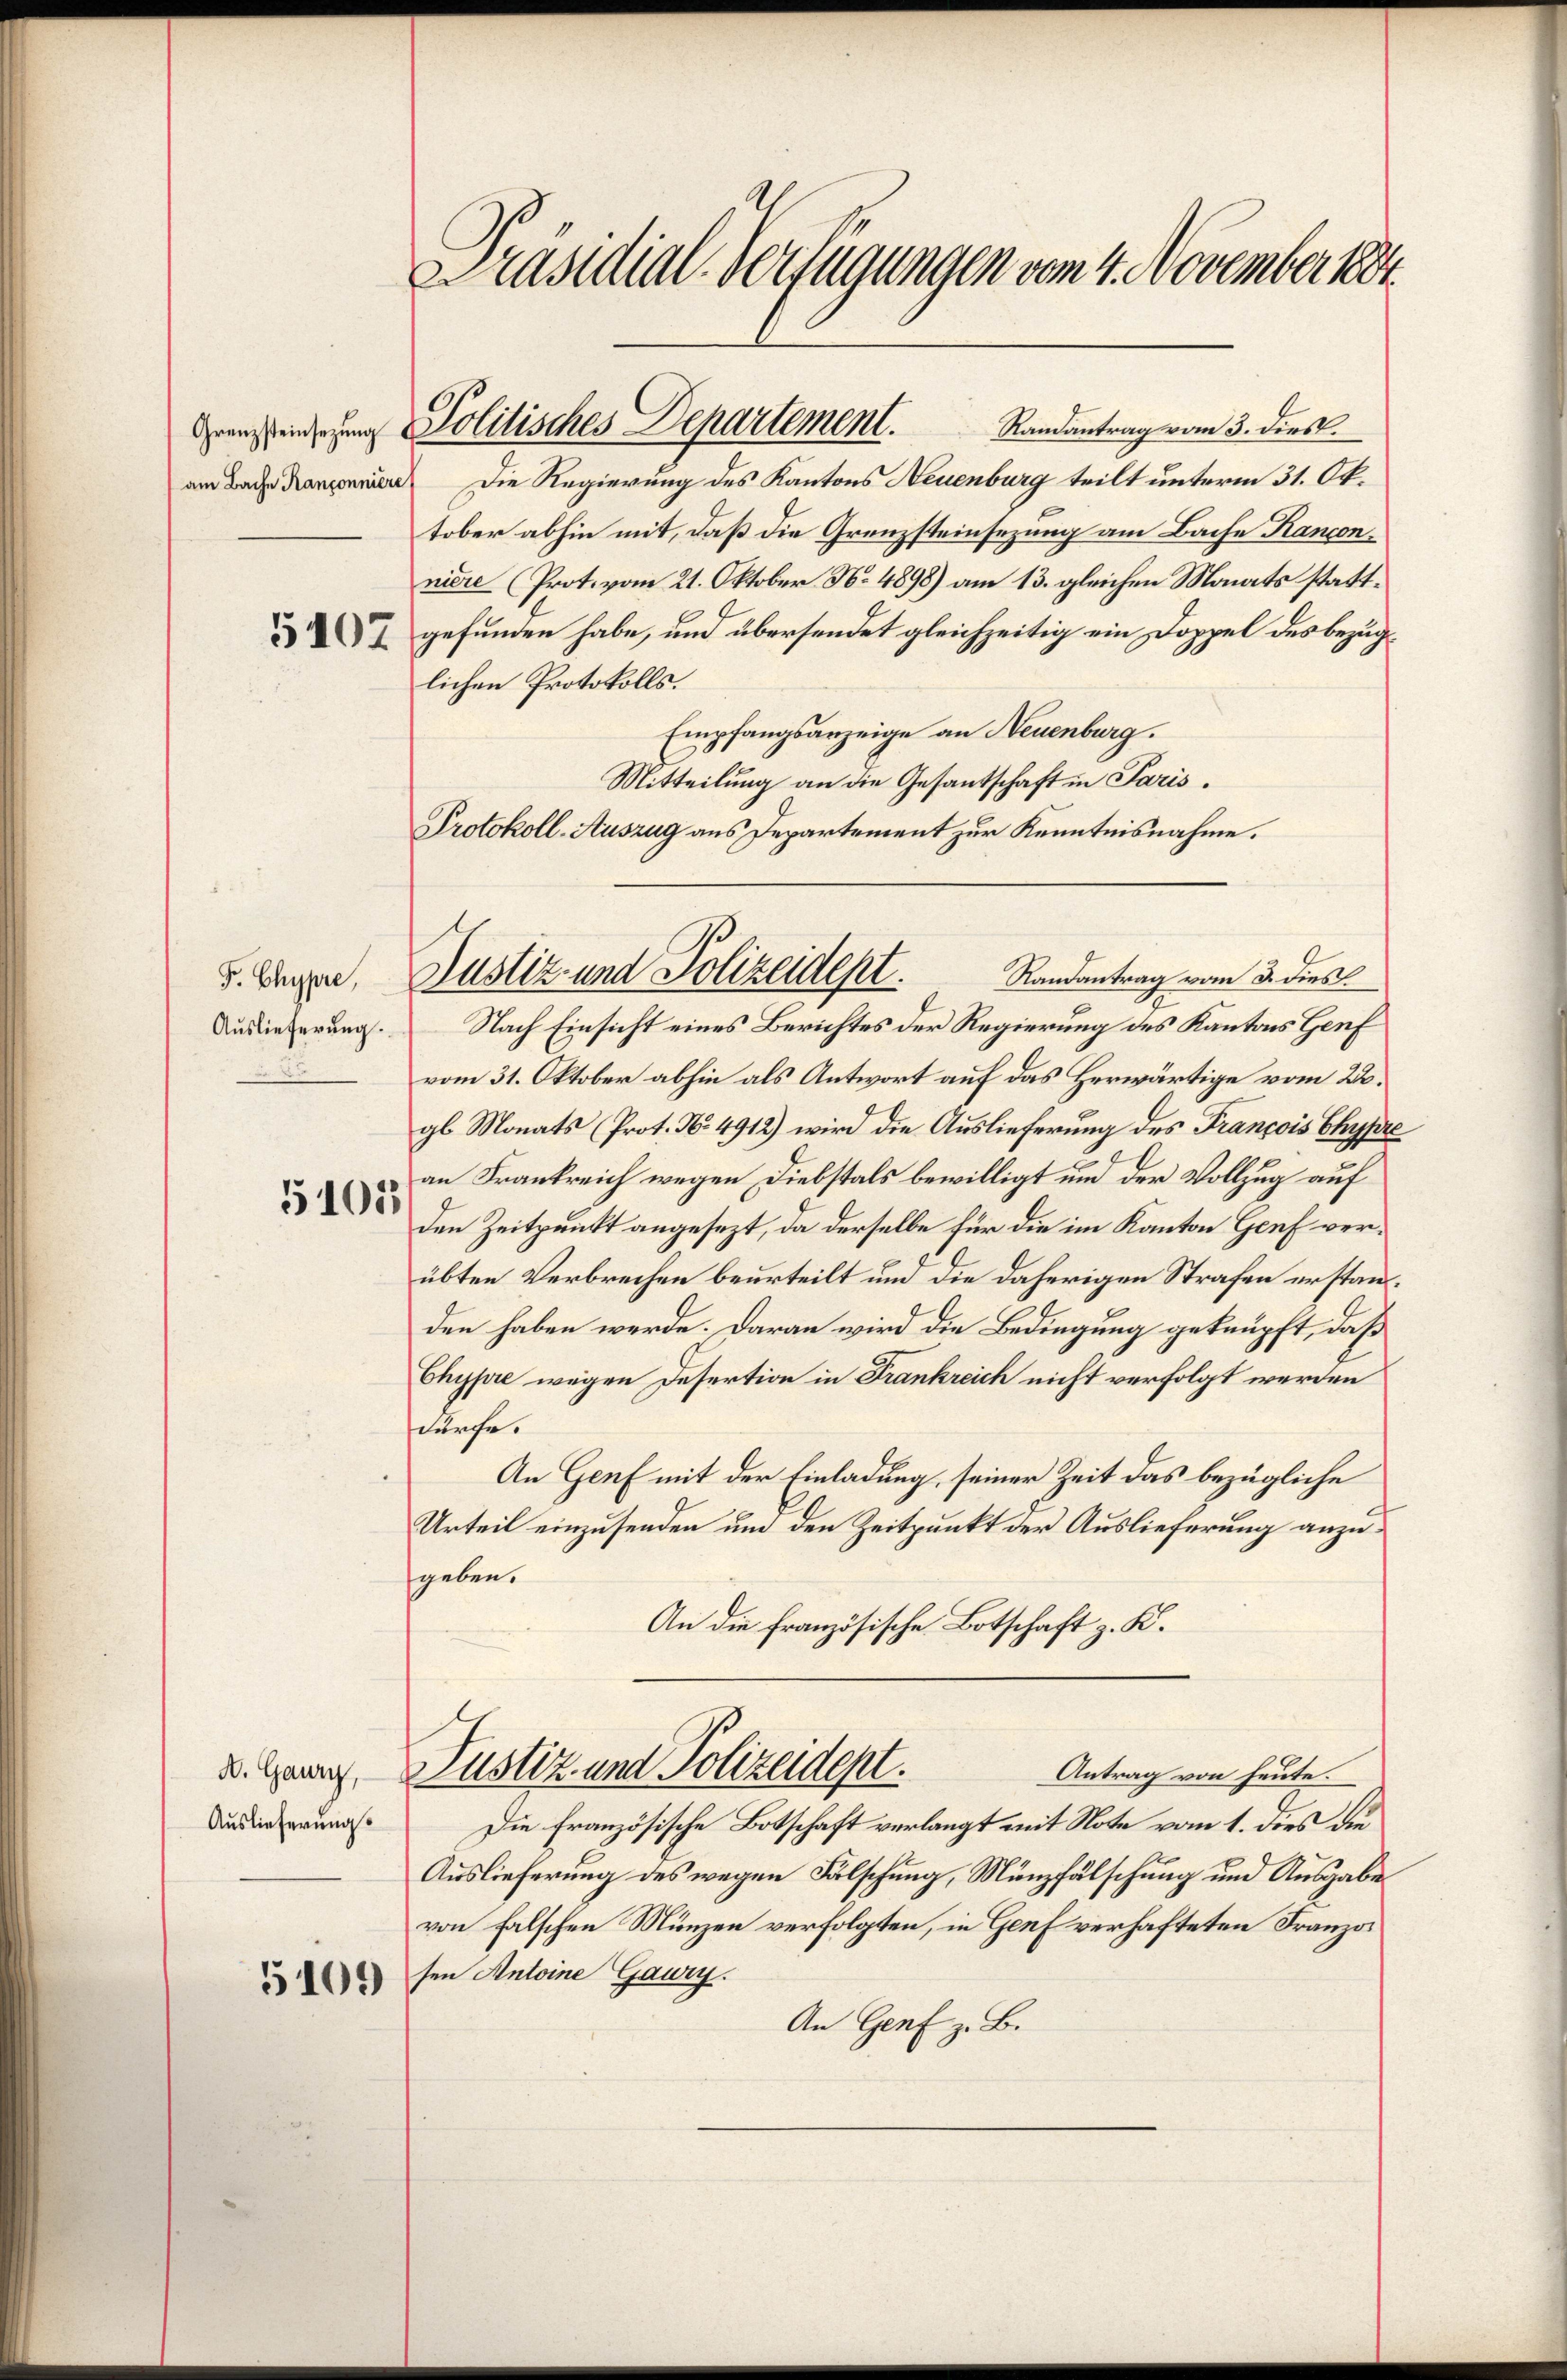
am Bache Kanzonniere
5407

F. Chypre
Auslieferung.

5101

A. Gaury,
Auslieferungs

Präsidial-Verfügungen vom 4. November 1884.

Grenzzeidigung Politisches Departement.

Randantrag vom 3. dies
Die Regierung des Kantons Neuenburg teilt unterm 31. Oktober abhin mit, daß die Grenzsteinsezung am Bache Kanconniere (Prot. vom 21. Oktober No. 4898) am 13. gleichen Monats stattgefunden habe, und übersendet gleichzeitig ein Doppel des bezuglichen Protokolls.
Empfangsanzeige an Neuenburg.
Mitteilung an die Gesandschaft in Paris¬
Protokoll-Auszug aus Departement zur Kenntnisnahme.

Nach Einsicht eines Berichtes der Regierung des Kantons Genf
vom 31. Oktober abhin als Antwort auf das Herwärtige vom 22.
gl. Monats (Prot. No. 4912) wird die Auslieferung des François Chypre
an Frankreich wegen Diebstals bewilligt und der Vollzug auf
den Zeitpunkt angesezt, da derselbe für die im Kanton Genf verübten Verbrechen beurteilt und die daherigen Strafen erstanden haben werde. Daran wird die Bedingung geknüpft, daß
Chypre wegen Desertion in Frankreich nicht verfolgt werden
dürche.
An Genf mit der Einladung, seiner Zeit das bezügliche
Urteil einzusenden um den Zeitpunkt der Auslieferung anzugeben.
An die französische Botschaft z. K.
Justiz- und Polizeidept.
Antrag von heute.
Die französische Botschaft verlangt mit Note vom 1. dies die
Auslieferung des wegen Fälschung, Münzfälschung und Ausgabe
von falschen Münzen verfolgten, in Genf verhafteten Franzos
sen Antoine Gaury.
An Genf z. B.

Justiz- und Polizeident.
Randantrag vom 3. dies